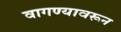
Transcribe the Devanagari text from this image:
वागण्यावरून